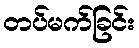
တပ်မက်ခြင်း